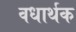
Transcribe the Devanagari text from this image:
वधार्थक